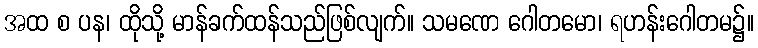
အထ စ ပန၊ ထိုသို့ မာန်ခက်ထန်သည်ဖြစ်လျက်။ သမဏေ ဂေါတမော၊ ရဟန်းဂေါတမ၌။